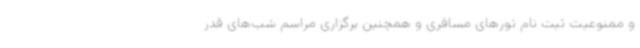
و ممنوعیت ثبت نام تورهای مسافری و همچنین برگزاری مراسم شب‌های قدر